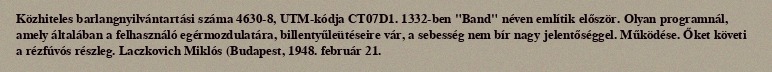
Közhiteles barlangnyilvántartási száma 4630-8, UTM-kódja CT07D1. 1332-ben "Band" néven említik először. Olyan programnál, amely általában a felhasználó egérmozdulatára, billentyűleütéseire vár, a sebesség nem bír nagy jelentőséggel. Működése. Őket követi a rézfúvós részleg. Laczkovich Miklós (Budapest, 1948. február 21.